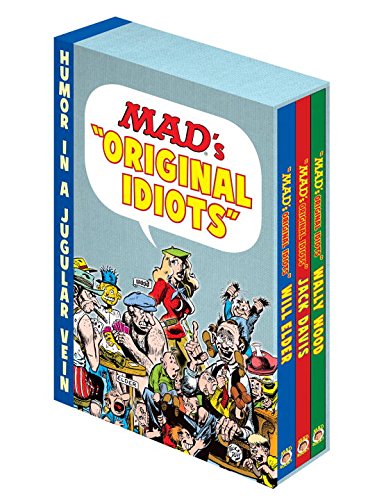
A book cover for MAD Slipcase Set: Complete Collection of Will Elder, Jack Davis and Wally Wood; Various; Comics & Graphic Novels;